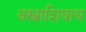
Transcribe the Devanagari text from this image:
वस्त्राशिवाय